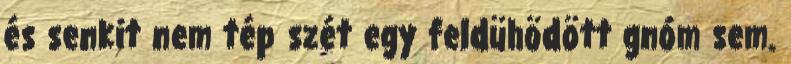
és senkit nem tép szét egy feldühödött gnóm sem.